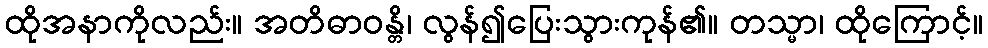
ထိုအနာကိုလည်း။ အတိဓာဝန္တိ၊ လွန်၍ပြေးသွားကုန်၏။ တသ္မာ၊ ထိုကြောင့်။